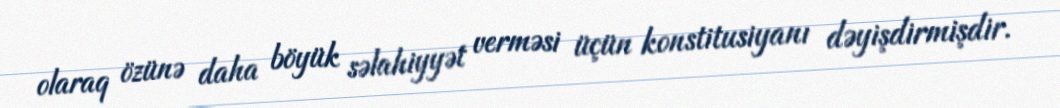
olaraq özünə daha böyük səlahiyyət verməsi üçün konstitusiyanı dəyişdirmişdir.